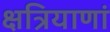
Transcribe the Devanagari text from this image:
क्षत्रियाणां